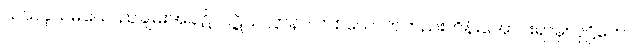
သယနှသမယေ၊ ညချမ်းအခါ၌။ ပဋိသလ္လာနာ၊ တစ်ယောက်တည်းကိန်းအောင်းရာမှ။ ဝုဋ္ဌိတော၊